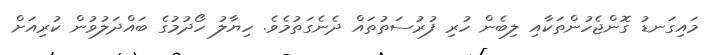
މައިގަނޑު ގޮންޖެހުންތަކާއި ލިބެން ހުރި ފުރުސަތުތައް ދެނެގަތުމެވެ. ހިޔާލު ހޯދުމުގެ ބައްދަލުވުން ކުރިއަށް